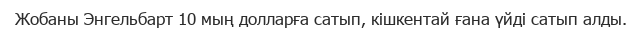
Жобаны Энгельбарт 10 мың долларға сатып, кішкентай ғана үйді сатып алды.